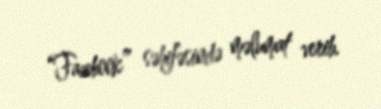
“Facebook” səhifəsində məlumat verib.